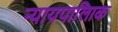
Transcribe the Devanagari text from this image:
न्यायपालिाक